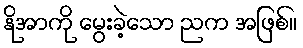
နိုအာကို မွေးခဲ့သော ညက အဖြစ်။